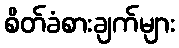
စိတ်ခံစားချက်များ